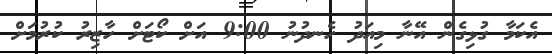
އެކަމާ ގުޅިގެން އޭނާ މިއަދު ހެނދުނު 9:00 އަށް ކޯޓަށް ހާޒިރު ކުރުމަށް